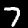
Digit: 7